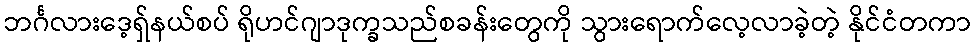
ဘင်္ဂလားဒေ့ရှ်နယ်စပ် ရိုဟင်ဂျာဒုက္ခသည်စခန်းတွေကို သွားရောက်လေ့လာခဲ့တဲ့ နိုင်ငံတကာ